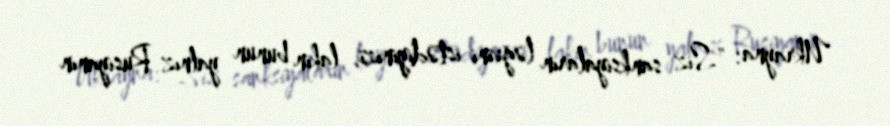
Ukrayna: “Siz sanksiyaların ləğvini istədiyinizi, lakin bunun yalnız Rusiyanın